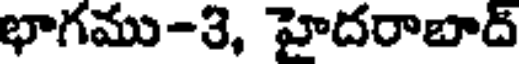
భాగము-3, హైదరాబాద్